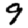
Digit: 9